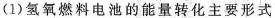
(1)氢氧燃料电池的能量转化主要形式